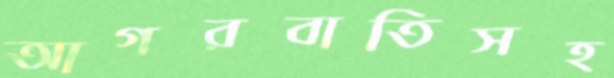
আগরবাতিসহ